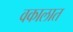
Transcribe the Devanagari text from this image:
वकालात